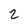
Character: 2